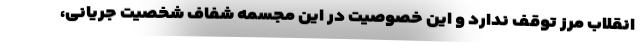
انقلاب مرز توقف ندارد و این خصوصیت در این مجسمه شفاف شخصیت جریانی،